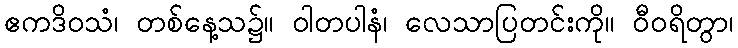
ဧကဒိဝသံ၊ တစ်နေ့သ၌။ ဝါတပါနံ၊ လေသာပြတင်းကို။ ဝီဝရိတွာ၊